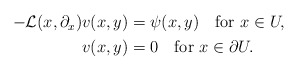
\begin{align*} \begin{aligned} -{\mathcal L}(x,\partial_x)v(x,y)&=\psi(x,y) \quad\hbox{for}\ x\in U,\\ v(x,y)&=0 \quad\hbox{for}\ x\in\partial U. \end{aligned} \end{align*}